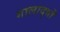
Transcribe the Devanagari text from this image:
गालार्द्धों